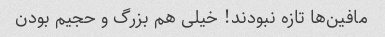
مافین‌ها تازه نبودند! خیلی هم بزرگ و حجیم بودن